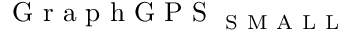
\mathrm { ~ G ~ r ~ a ~ p ~ h ~ G ~ P ~ S ~ } _ { \mathrm { ~ S ~ M ~ A ~ L ~ L ~ } }